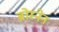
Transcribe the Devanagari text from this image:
ब्रोस्नेन